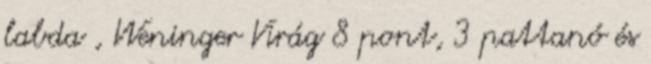
labda , Weninger Virág 8 pont, 3 pattanó és